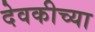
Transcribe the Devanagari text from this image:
देवकीच्या